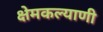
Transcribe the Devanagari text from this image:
क्षेमकल्याणी